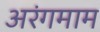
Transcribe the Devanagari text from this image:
अरंगमाम